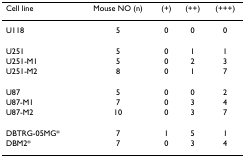
| Cell line | Mouse NO (n) | (+) | (++) | (+++) |
 | --- | --- | --- | --- | --- |
 | U118 | 5 | 0 | 0 | 0 |
 | U251 | 5 | 0 | 1 | 1 |
 | U251-M1 | 5 | 0 | 2 | 3 |
 | U251-M2 | 8 | 0 | 1 | 7 |
 | U87 | 5 | 0 | 0 | 2 |
 | U87-M1 | 7 | 0 | 3 | 4 |
 | U87-M2 | 10 | 0 | 3 | 7 |
 | DBTRG-05MG* | 7 | 1 | 5 | 1 |
 | DBM2* | 7 | 0 | 3 | 4 |